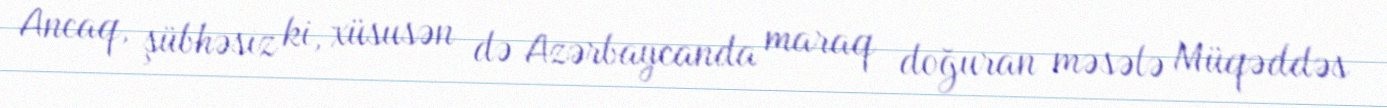
Ancaq, şübhəsiz ki, xüsusən də Azərbaycanda maraq doğuran məsələ Müqəddəs